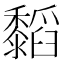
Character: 䵚